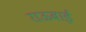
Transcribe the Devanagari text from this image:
राऊबाई